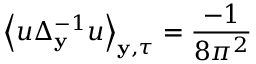
\left\langle u \Delta _ { \mathbf { y } } ^ { - 1 } u \right\rangle _ { \mathbf { y } , \tau } = \frac { - 1 } { 8 \pi ^ { 2 } }